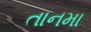
તાનમા